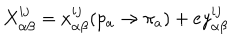
X _ { \alpha \beta } ^ { i j } = x _ { \alpha \beta } ^ { i j } ( p _ { a } \rightarrow \pi _ { a } ) + e y _ { \alpha \beta } ^ { i j }